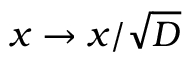
x \to x / \sqrt { D }